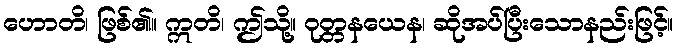
ဟောတိ၊ ဖြစ်၏။ ဣတိ၊ ဤသို့။ ဝုတ္တနယေန၊ ဆိုအပ်ပြီးသောနည်းဖြင့်။